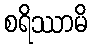
စရိဿာမိ